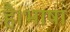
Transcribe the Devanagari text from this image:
है।भाषा